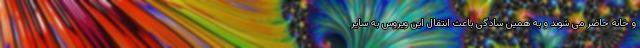
و خانه حاضر می شوند و به همین سادگی باعث انتقال این ویروس به سایر